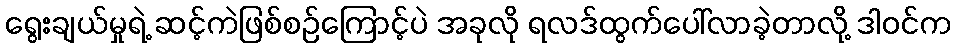
ရွေးချယ်မှုရဲ့ ဆင့်ကဲဖြစ်စဉ်ကြောင့်ပဲ အခုလို ရလဒ်ထွက်ပေါ်လာခဲ့တာလို့ ဒါဝင်က